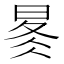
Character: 𰖋